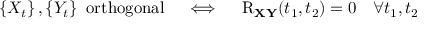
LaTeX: \left\{ X _ { t } \right\} , \left\{ Y _ { t } \right\} { \mathrm { ~ o r t h o g o n a l } } \quad \iff \quad \operatorname { R } _ { \mathbf { X } \mathbf { Y } } ( t _ { 1 } , t _ { 2 } ) = 0 \quad \forall t _ { 1 } , t _ { 2 }